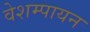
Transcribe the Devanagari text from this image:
वेशम्पायन